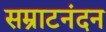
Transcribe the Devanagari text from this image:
सम्राटनंदन